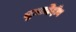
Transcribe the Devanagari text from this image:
मुज़ाहिद्दीन